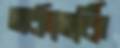
তর্কাতর্কি